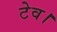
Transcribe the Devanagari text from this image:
टेव।